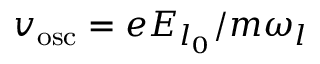
v _ { \mathrm { { o s c } } } = e E _ { l _ { 0 } } / m \omega _ { l }